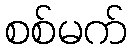
စစ်မက်